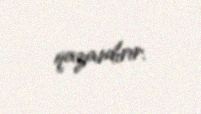
qazandırır.